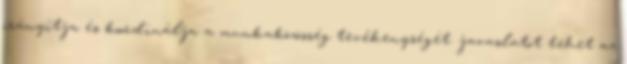
irányítja és koordinálja a munkaközösség tevékenységét. javaslatot tehet az